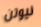
نيوتن